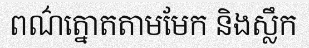
ពណ៌ត្នោតតាមមែក និងស្លឹក